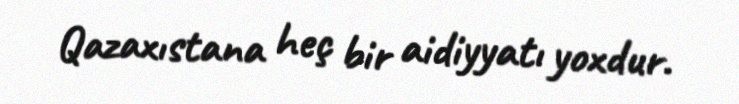
Qazaxıstana heç bir aidiyyatı yoxdur.